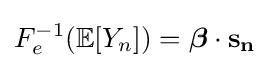
F_{e}^{-1}(\mathbb {E} [Y_{n}])={\boldsymbol {\beta }}\cdot \mathbf {s_{n}}